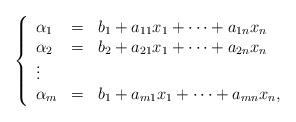
LaTeX: \begin{align*}\left\{\begin{array}{lll}\alpha_1 &=& b_1 +a_{11}x_1+\dots+a_{1n}x_n\\\alpha_2 &=& b_2 +a_{21}x_1+\dots+a_{2n}x_n\\\vdots\\\alpha_m &=& b_1 +a_{m1}x_1+\dots+a_{mn}x_n,\end{array}\right.\end{align*}